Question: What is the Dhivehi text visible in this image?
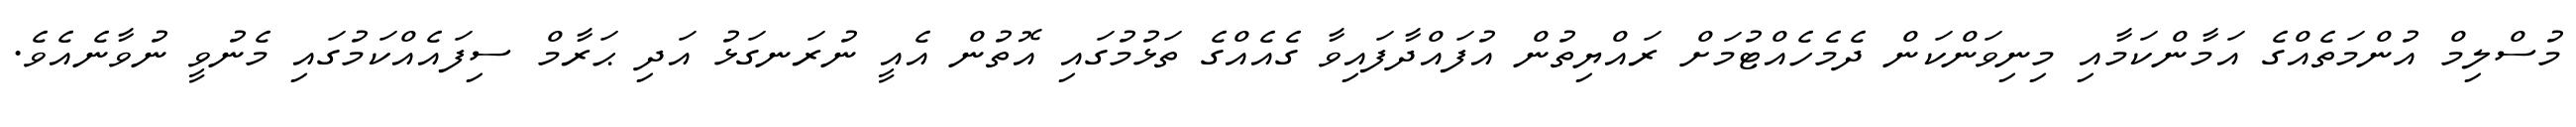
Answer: މުސްލިމް އުންމަތެއްގެ އަމާންކަމާއި މިނިވަންކަން ދެމެހެއްޓުމަށް ރައްޔިތުން އުފައްދާފައިވާ ގެއެއްގެ ތަޅުމުގައި އޮތުން އެއީ ނުރަނގަޅު އަދި ޙަރާމް ސިފައެއްކަމުގައި މެނުވީ ނުވާނެއެވެ.